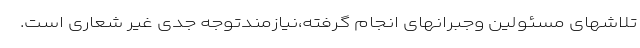
تلاشهای مسئولین وجبرانهای انجام گرفته،نیازمندتوجه جدی غیر شعاری است.